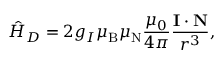
{ \hat { H } } _ { D } = 2 g _ { I } \mu _ { \mathrm { B } } \mu _ { \mathrm { N } } { \frac { \mu _ { 0 } } { 4 \pi } } { \frac { \mathbf { I } \cdot \mathbf { N } } { r ^ { 3 } } } ,